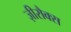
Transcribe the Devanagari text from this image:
ज़ीरौक्स